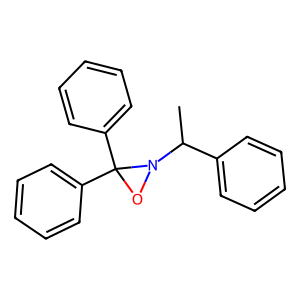
SMILES: CC(c1ccccc1)N1OC1(c1ccccc1)c1ccccc1
Inhibits HIV replication: No